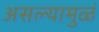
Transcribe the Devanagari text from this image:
असल्यामुळं